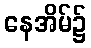
နေအိမ်၌